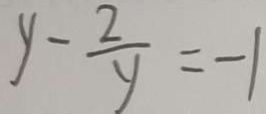
y - \frac { 2 } { y } = - 1